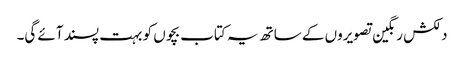
دلکش رنگین تصویروں کے ساتھ یہ کتاب بچوں کو بہت پسند آئے گی۔